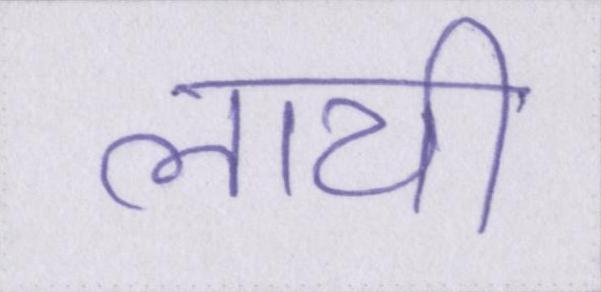
लायी